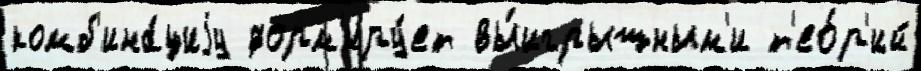
комб'ина́циjу форм'иру́ет вы́игрышным'и т'ео́р'ий